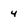
Character: 4